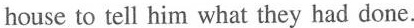
house to tell him what they had done.